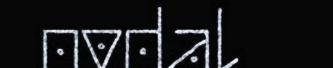
ovdal